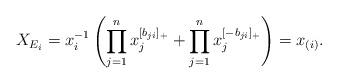
LaTeX: \begin{align*}X_{E_i} = x_i^{-1}\left( \prod_{j = 1}^n x_j^{[b_{ji}]_+} + \prod_{j = 1}^n x_j^{[-b_{ji}]_+} \right) = x_{(i)}.\end{align*}